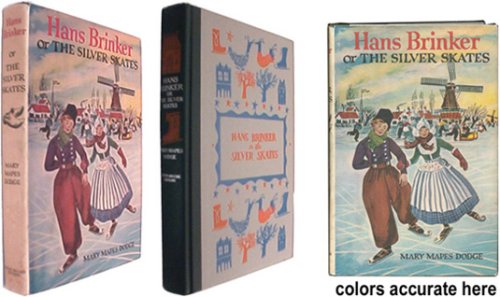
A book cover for Hans Brinker: Or, The Silver Skates; Mary Mapes Dodge; Sports & Outdoors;